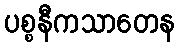
ပစ္စနီကသာတေန